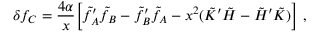
\delta f _ { C } = \frac { 4 \alpha } { x } \Bigl [ \tilde { f } _ { A } ^ { \prime } \tilde { f } _ { B } - \tilde { f } _ { B } ^ { \prime } \tilde { f } _ { A } - x ^ { 2 } ( \tilde { K } ^ { \prime } \tilde { H } - \tilde { H } ^ { \prime } \tilde { K } ) \Bigr ] \ ,